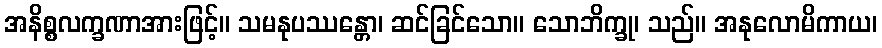
အနိစ္စလက္ခဏာအားဖြင့်။ သမနုပဿန္တော၊ ဆင်ခြင်သော။ သောဘိက္ခု၊ သည်။ အနုလောမိကာယ၊